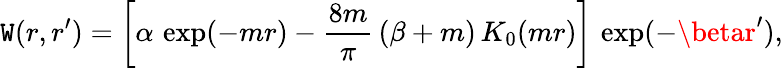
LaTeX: \mathtt{W}(r,r^{\prime})=\left[\alpha\, \exp(-mr)-\frac{{8m}}{{\pi}}\, (\beta+m)\, K_{0}(mr)\right]\, \exp(-\betar^{\prime}),